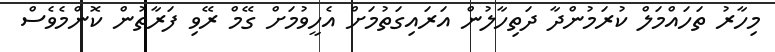
މިހާރު ތަހައްމަލް ކުރަމުންދާ ދަތިހާލުން އަރައިގަތުމަށް އެހީވުމަށް ގޭމް ރޭވި ފަރާތުން ކޮންމެވެސް